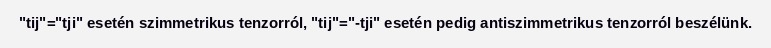
"tij"="tji" esetén szimmetrikus tenzorról, "tij"="-tji" esetén pedig antiszimmetrikus tenzorról beszélünk.